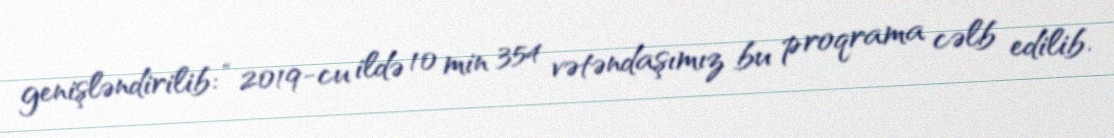
genişləndirilib: “2019-cu ildə 10 min 354 vətəndaşımız bu proqrama cəlb edilib.